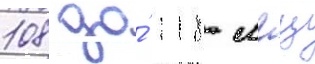
108 до́ 118 мгц